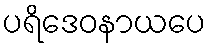
ပရိဒေဝနာယပေ